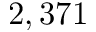
2 , 3 7 1